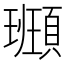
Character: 𩔮